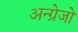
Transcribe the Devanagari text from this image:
अन्ग्रेजो